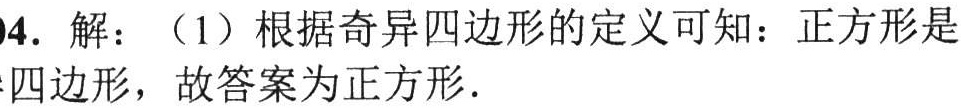
4. 解：（1）根据奇异四边形的定义可知：正方形是
四边形，故答案为正方形.